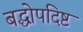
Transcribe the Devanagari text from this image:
बद्धोपदिष्ट